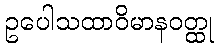
ဥပေါသထာဝိမာနဝတ္ထု